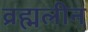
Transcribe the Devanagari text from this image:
व्रह्मलीन